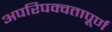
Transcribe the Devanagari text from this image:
अपरिपक्वतापूर्ण